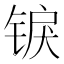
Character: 𬭜